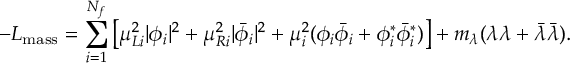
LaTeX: - { \cal L } _ { \mathrm { m a s s } } = \sum _ { i = 1 } ^ { N _ { f } } { \big [ } \mu _ { L i } ^ { 2 } | \phi _ { i } | ^ { 2 } + \mu _ { R i } ^ { 2 } | { \bar { \phi } } _ { i } | ^ { 2 } + \mu _ { i } ^ { 2 } ( \phi _ { i } { \bar { \phi } } _ { i } + \phi _ { i } ^ { \ast } { \bar { \phi } } _ { i } ^ { \ast } ) { \big ] } + m _ { \lambda } ( \lambda \lambda + \bar { \lambda } \bar { \lambda } ) .